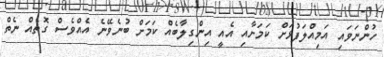
ހުންނަވައި އަމިއްލަފުޅަށް ކަމަށާއި އެއީ އިންގިލާބެއް ކަމަށް ބުނެވޭނެ އެއްވެސް ގޮތެއް ނެތް